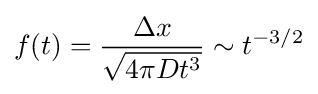
f(t)={\frac {\Delta x}{\sqrt {4\pi Dt^{3}}}}\sim t^{-3/2}